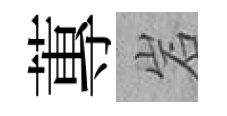
蓴岩